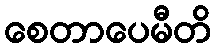
စေတာပေမီတိ